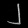
Digit: ၂